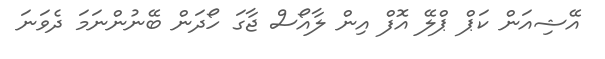
އޭޝިއަން ކަަޕް ޕްލޭ އޮފް އިން ލާއޯސް ޖާގަ ހޯދަން ބޭނުންނަމަ ދެވަނަ